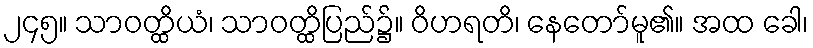
၂၄၅။ သာဝတ္ထိယံ၊ သာဝတ္ထိပြည်၌။ ဝိဟရတိ၊ နေတော်မူ၏။ အထ ခေါ၊